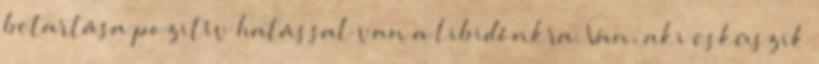
betartása pozitív hatással van a libidónkra. Van, aki esküszik